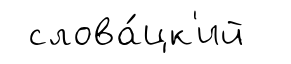
слова́цк'ий